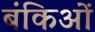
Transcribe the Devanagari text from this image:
बंकिओं